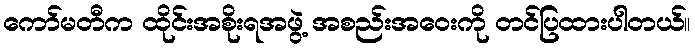
ကော်မတီက ထိုင်းအစိုးရအဖွဲ့ အစည်းအဝေးကို တင်ပြထားပါတယ်။